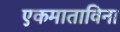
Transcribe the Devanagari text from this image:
एकमाताविना